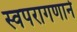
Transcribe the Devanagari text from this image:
स्वपरागणाने